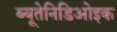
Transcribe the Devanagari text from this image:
ब्यूतेनिडिओइक